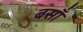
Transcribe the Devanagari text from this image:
बसाँ